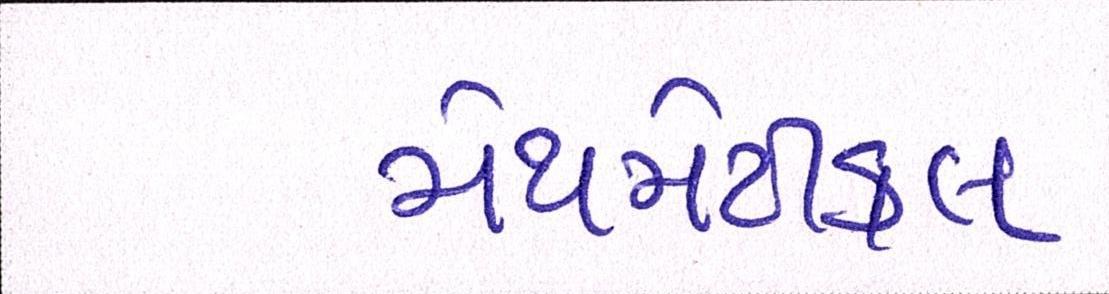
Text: મેથમેટીકલ